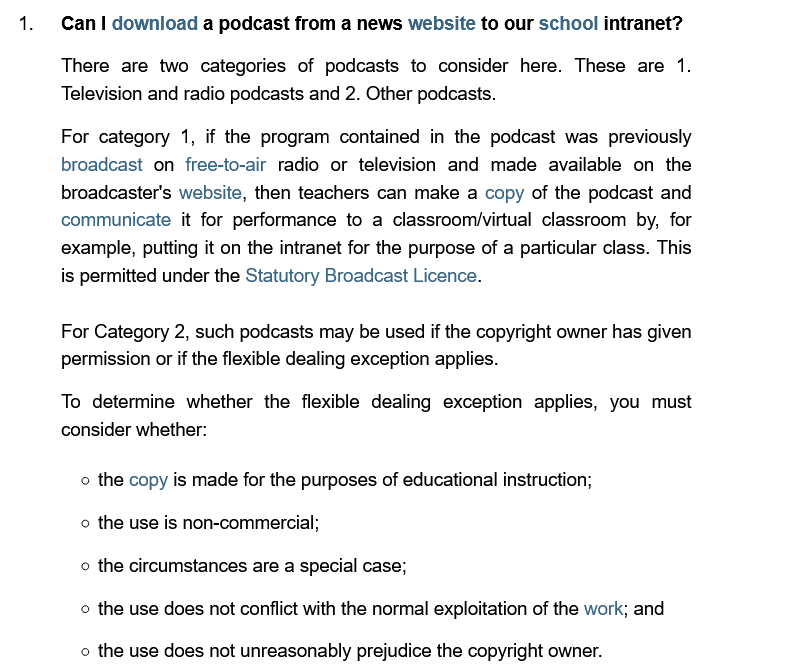
Can I download a podcast from a news website to our school intranet?
     There are two  categories of podcasts to consider here. These are 1.
     Television and radio podcasts and 2. Other podcasts.
     For category 1, if the program contained in the podcast was previously
     broadcast on free-to-air radio or television and made available on the
     broadcaster's website, then teachers can make a copy of the podcast and
     communicate  it for performance to a classroom/virtual classroom by, for
     example, putting it on the intranet for the purpose of a particular class. This
     is permitted under the Statutory Broadcast Licence.
     For Category 2, such podcasts may be used if the copyright owner has given
     permission or if the flexible dealing exception applies.
     To determine whether the flexible dealing exception applies, you must
     consider whether:
     the copy is made for the purposes of educational instruction;
     the use is non-commercial;
     the circumstances are a special case;
     the use does not conflict with the normal exploitation of the work; and
     the use does not unreasonably prejudice the copyright owner.